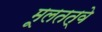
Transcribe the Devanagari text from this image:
मूलतत्वे